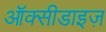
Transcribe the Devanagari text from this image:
ऑक्सीडाइज़